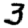
Digit: 3